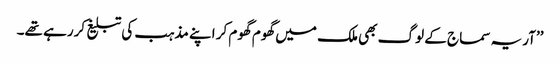
’’آریہ سماج کے لوگ بھی ملک میں گھوم گھوم کر اپنے مذہب کی تبلیغ کررہے تھے۔